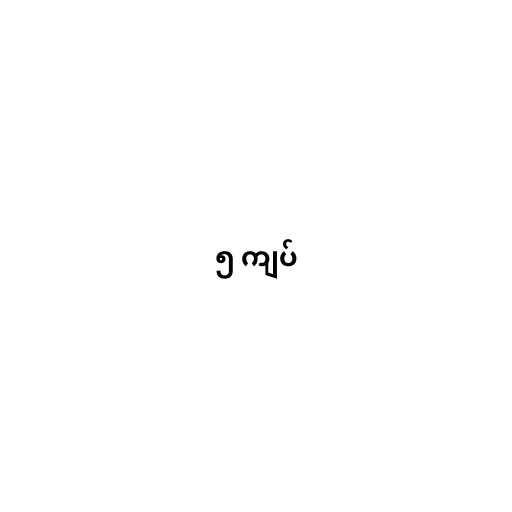
၅ ကျပ်